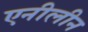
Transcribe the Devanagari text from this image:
एनीलीन